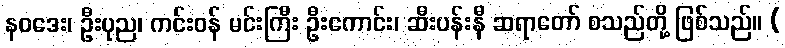
နဝဒေး၊ ဦးပုည၊ ကင်းဝန် မင်းကြီး ဦးကောင်း၊ ဆီးပန်းနီ ဆရာတော် စသည်တို့ ဖြစ်သည်။ (